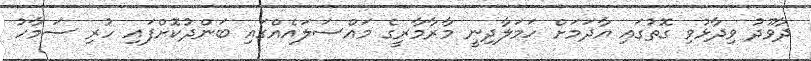
ދާވޫދު ވިދާޅުވި ގޮތުގައި އާދަމަށް ހަމަލާދިނީ މާރާމާރީގެ މައްސަލައެއްގައި ބަންދުކޮށްފައި ހުރި ސަމާހު